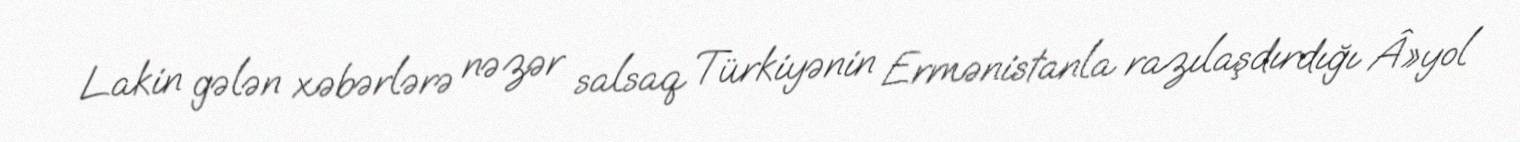
Lakin gələn xəbərlərə nəzər salsaq Türkiyənin Ermənistanla razılaşdırdığı Â»yol